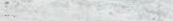
Under New Mgmt